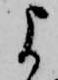
よ